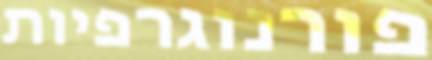
פורנוגרפיות